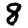
Digit: 8